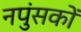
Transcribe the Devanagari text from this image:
नपुंसकों